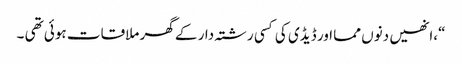
“،انھیں دنوں مما اور ڈیڈی کی کسی رشتہ دار کے گھر ملاقات ہوئی تھی ۔